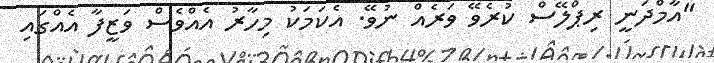
"އާމްދަނީ ރިޕްލޭސް ކުރެވޭ ވަރެއް ނުވޭ. އެކަމަކު މިހާރު އެއްވެސް ވަޒީފާ އެއްގައި